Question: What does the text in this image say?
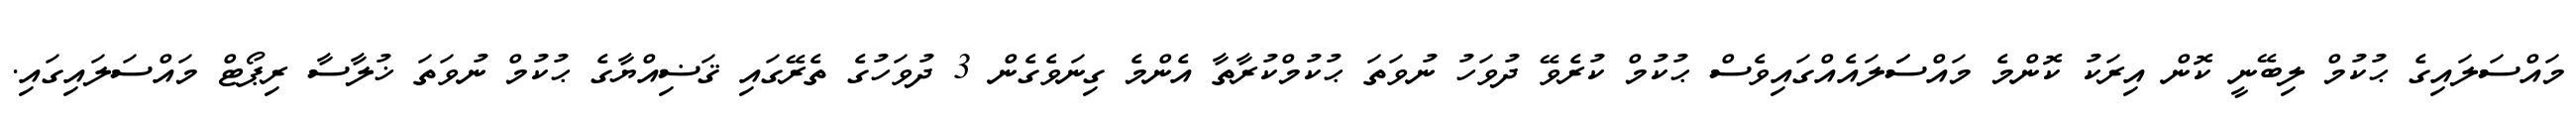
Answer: މައްސަލައިގެ ޙުކުމް ލިބޭނީ ކޮން އިރަކު ކޮންމެ މައްސަަލައެއްގައިވެސް ޙުކުމް ކުރެވޭ ދުވަހު ނުވަތަ ޙުކުމްކުރާތާ އެންމެ ގިނަވެގެން 3 ދުވަހުގެ ތެރޭގައި ޤަޟިއްޔާގެ ޙުކުމް ނުވަތަ ޚުލާސާ ރިޕޯޓް މައްސަލައިގައި.